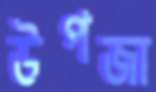
উপজা